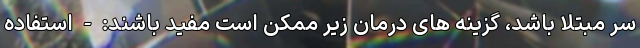
سر مبتلا باشد، گزینه های درمان زیر ممکن است مفید باشند: - استفاده